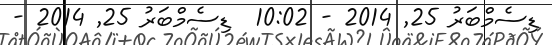
ޑިސެމްބަރު 25